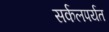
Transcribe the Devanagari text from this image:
सर्कलपर्यत